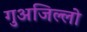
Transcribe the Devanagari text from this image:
गुअजिल्लो